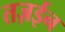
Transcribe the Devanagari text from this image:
तज़ईन